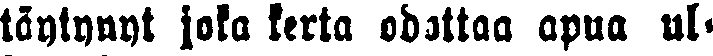
täytynyt joka kerta odottaa apua ul-